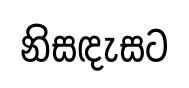
නිසඳැසට